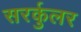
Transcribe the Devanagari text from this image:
सरर्कुलर